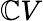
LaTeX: \mathbb{C}V